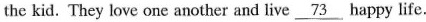
the kid. They love one another and live \underline{73} happy life.